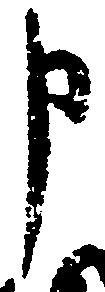
申